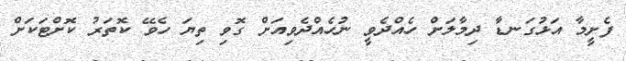
ފެށީމާ އަޅުގަނޑާ ދިމާލަށް ހެއްދެވީ ނުހެއްދެވިއަށް ގޮވި ތިޔަ ހެވޭ ކޮތަރު ކޮށްޓަކަށް